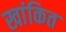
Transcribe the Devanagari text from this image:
खांकित